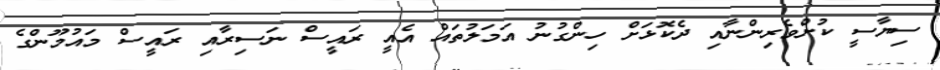
ސިޔާސީ ކުށްވެރިންނާއި ދެކޮޅަށް ހިންގުނު އަމަލުތައް އެއީ ރައީސް ނަސިރާއި ރައީސް މައުމޫންގެ